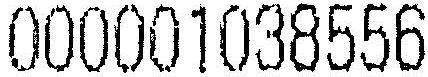
000001038556